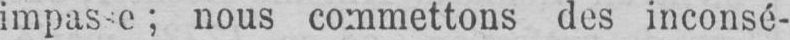
nous commettons des inconsé-